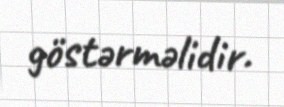
göstərməlidir.